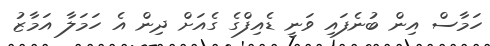
ހަމާސް އިން ބުނެފައި ވަނީ ޑެއިފްގެ ގެއަށް ދިން އެ ހަމަލާ އަމާޒު